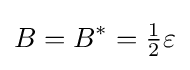
B=B^{*}={\tfrac {1}{2}}\varepsilon